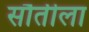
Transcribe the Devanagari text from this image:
सौतीला